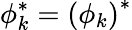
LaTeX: \phi_{k}^{*}=\left(\phi_{k}\right)^{*}